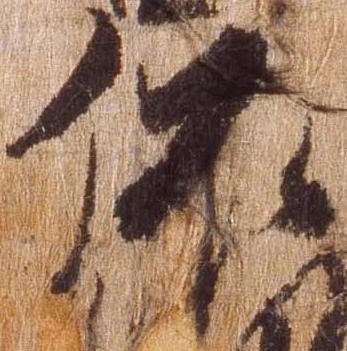
依